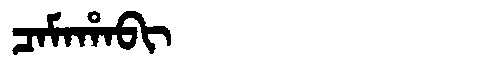
Manchu: ᠴᠠᠮᠠᡥᠠᠪᡳ
Romanization: CAMAHABI